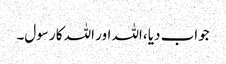
جواب دیا ،اللہ اور اللہ کا رسول۔